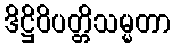
ဒိဋ္ဌိဝိပတ္တိသမ္မတာ